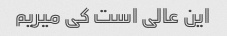
این عالی است کی میریم